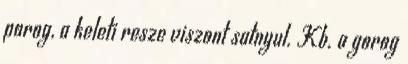
porog, a keleti resze viszont satnyul. Kb. a gorog